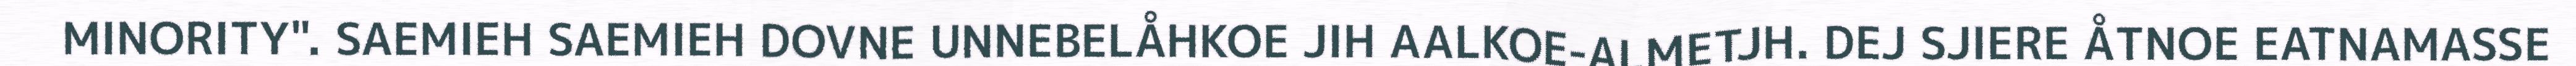
MINORITY". SAEMIEH SAEMIEH DOVNE UNNEBELÅHKOE JIH AALKOE-ALMETJH. DEJ SJIERE ÅTNOE EATNAMASSE